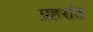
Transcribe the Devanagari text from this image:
प्रहरांत